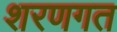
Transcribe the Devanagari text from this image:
शरणगत